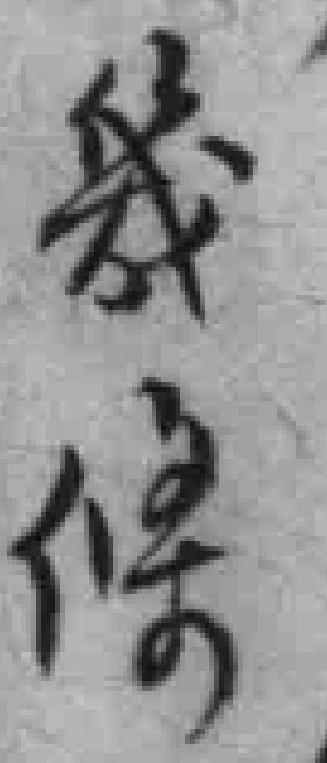
幾條